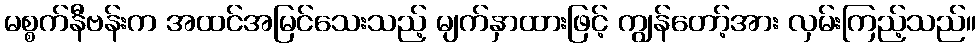
မစ္စက်နီဗန်းက အထင်အမြင်သေးသည့် မျက်နှာထားဖြင့် ကျွန်တော့်အား လှမ်းကြည့်သည်။